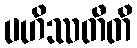
ပဟိဿတီတိ